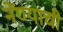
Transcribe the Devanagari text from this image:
नेंण्याची